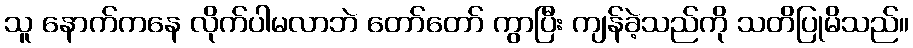
သူ နောက်ကနေ လိုက်ပါမလာဘဲ တော်တော် ကွာပြီး ကျန်ခဲ့သည်ကို သတိပြုမိသည်။